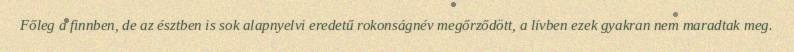
Főleg a finnben, de az észtben is sok alapnyelvi eredetű rokonságnév megőrződött, a lívben ezek gyakran nem maradtak meg.